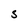
Character: S